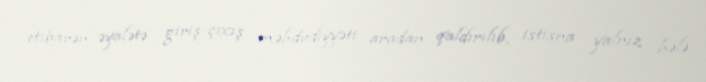
etibarən əyalətə giriş-çıxış məhdudiyyəti aradan qaldırılıb, istisna yalnız hələ